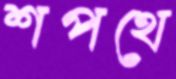
শপথে